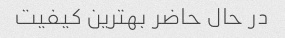
در حال حاضر بهترین کیفیت